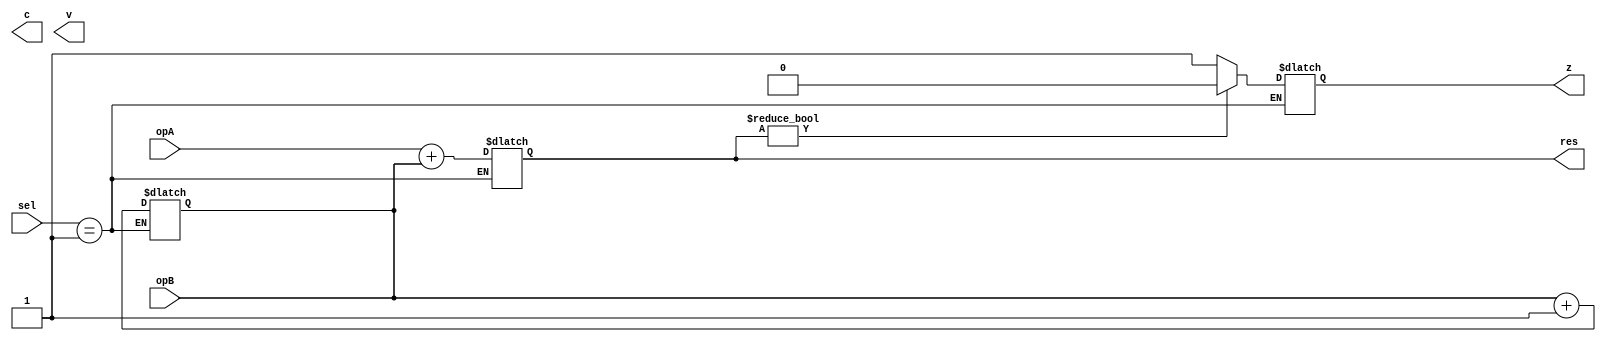
module subtraction(
	input [31:0] opA, 
	input [31:0] opB,
	input [2:0] sel,
	output [31:0] res,
	output z, //zero 
	output c, //carry out
	output v //overflow
	);

	always @(*)	
	begin
		case (sel)
			3'b001: 
			begin
				opB <= ~(opB);  //bitwise negate
				opB <= opB + 'b1; //add 1 to make it 2's complement
				res <= opA + opB; //add negative 2's complement to opA
				if (res != 0) //zero flag
					z <= 'b0;
				else
					z <= 'b1;
								//insert determiner for overflow then carry out here
			end
		endcase
	end
endmodule